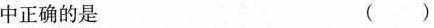
中正确的是 ()